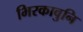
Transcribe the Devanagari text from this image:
भिरकावुनि